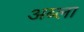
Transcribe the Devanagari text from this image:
अब्ला